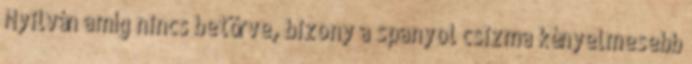
Nyilván amíg nincs betörve, bizony a spanyol csizma kényelmesebb